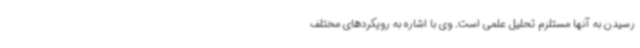
رسیدن به آنها مستلزم تحلیل علمی است. وی با اشاره به رویکردهای مختلف